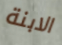
الابنة